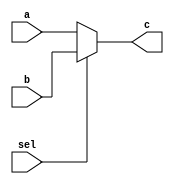
/*/////////////////////////////////////////////
 File: mux.v
 Author: Manav Shah
 ----------------------------------------------

           
      
            
              
              
               
 ----------------------------------------------
                                    
 Copyright (c) 2024 MANAV SHAH
*//////////////////////////////////////////////

module mux(a,b,c,sel);

input [31:0]a,b;
input sel;

output [31:0]c;

assign c = (sel == 1'b1) ? b : a;

endmodule

module mux3(a,b,c,d,sel);

input [31:0]a,b,c;
input [1:0]sel;

output [31:0]d;

assign d = (sel == 2'b00) ? a : (sel == 2'b01) ? b : (sel == 2'b10) ? c : 32'h00000000;

endmodule